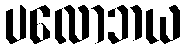
ပလောဘယ